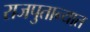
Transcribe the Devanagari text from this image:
राजपुतान्यात